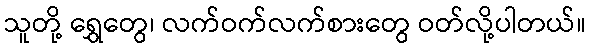
သူတို့ ရွှေတွေ၊ လက်ဝက်လက်စားတွေ ဝတ်လို့ပါတယ်။